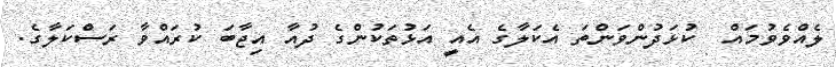
ލެއްވެވުމައް  ކުޅަދުންވަންތަ އެކަލާގެ އެއީ އަޅުތަކުންގެ ދުއާ އިޖާބަ ކުރައްވާ ރަސްކަލާގެ.